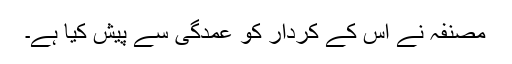
مصنفہ نے اس کے کردار کو عمدگی سے پیش کیا ہے۔